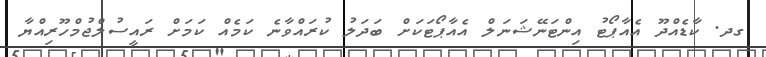
ގދ. ކާޑެއްދޫ އެއާޕޯޓު އިންޓަނޭޝަނަލް އެއާޕޯޓަކަށް ބަދަލު ކުރައްވާނެ ކަމެއް ކަމަށް ރައީސުލްޖުމްހޫރިއްޔާ